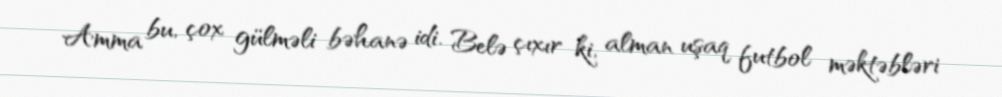
Amma bu, çox gülməli bəhanə idi. Belə çıxır ki, alman uşaq futbol məktəbləri